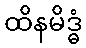
ထိနမိဒ္ဓံ